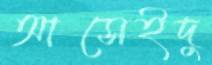
আসেইদু